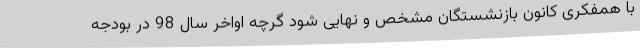
با همفکری کانون بازنشستگان مشخص و نهایی شود گرچه اواخر سال 98 در بودجه